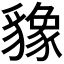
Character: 𬥌